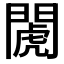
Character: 𨵘